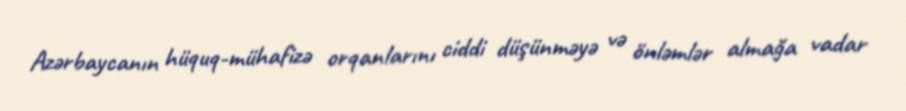
Azərbaycanın hüquq-mühafizə orqanlarını ciddi düşünməyə və önləmlər almağa vadar